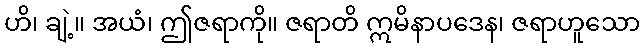
ဟိ၊ ချဲ့။ အယံ၊ ဤဇရာကို။ ဇရာတိ ဣမိနာပဒေန၊ ဇရာဟူသော